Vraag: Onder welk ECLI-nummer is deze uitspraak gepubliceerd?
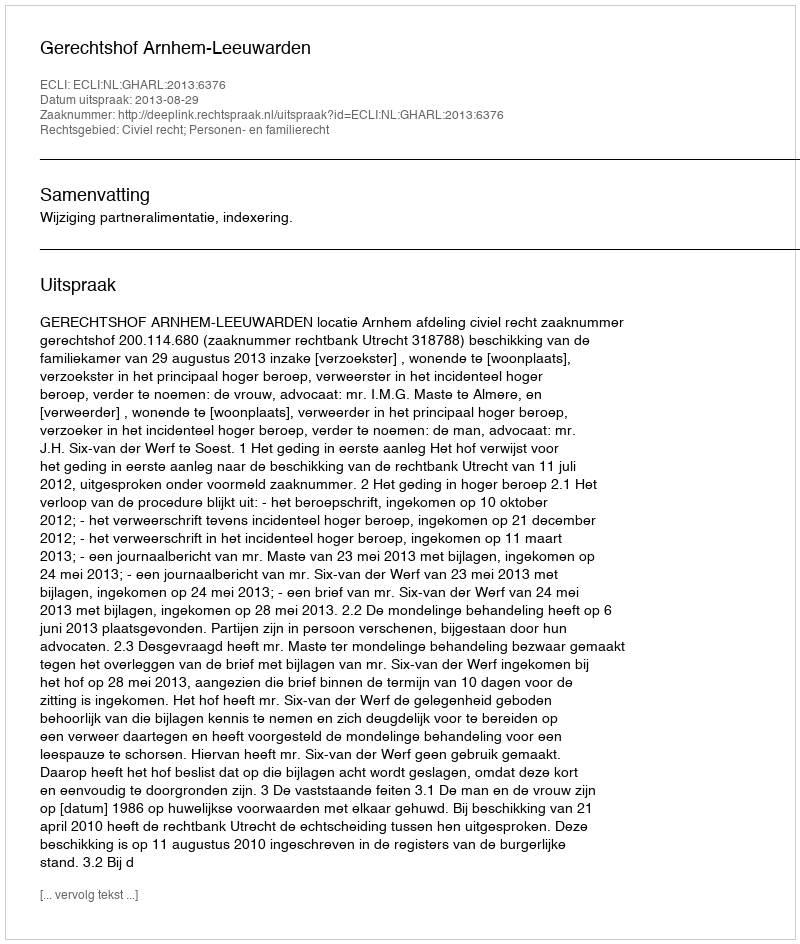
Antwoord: ECLI:NL:GHARL:2013:6376